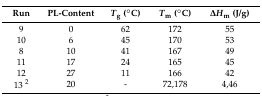
<table><thead><tr><td><b>Run</b></td><td><b>PL-Content</b></td><td><b><i>T</i><sub>g</sub> (°C)</b></td><td><b><i>T</i><sub>m</sub> (°C)</b></td><td><b>Δ<i>H</i><sub>m</sub> (J/g)</b></td></tr></thead><tbody><tr><td>9</td><td>0</td><td>62</td><td>172</td><td>55</td></tr><tr><td>10</td><td>6</td><td>45</td><td>170</td><td>53</td></tr><tr><td>8</td><td>10</td><td>41</td><td>167</td><td>49</td></tr><tr><td>11</td><td>17</td><td>24</td><td>165</td><td>45</td></tr><tr><td>12</td><td>27</td><td>11</td><td>166</td><td>42</td></tr><tr><td>13 <sup>2</sup></td><td>20</td><td>-</td><td>72,178</td><td>4,46</td></tr></tbody></table>